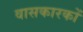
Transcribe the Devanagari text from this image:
वासकारकों